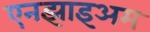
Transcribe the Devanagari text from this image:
एनझाइअम